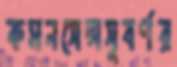
কমনসেন্সসুবর্ণর